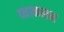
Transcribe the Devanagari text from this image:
व्याकलन